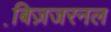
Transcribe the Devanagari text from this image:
बि़ज़जरनल